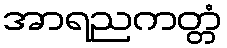
အာရညကတ္တံ